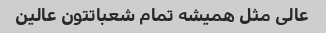
عالی مثل همیشه تمام شعباتتون عالین